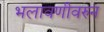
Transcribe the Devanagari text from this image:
भलावणीवरुन